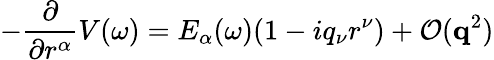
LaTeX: -\frac{\partial}{\partial r^{\alpha}}V(\omega)=E_{\alpha}(\omega)(1-iq_{\nu}r^{\nu})+\mathcal{O}(\mathbf{q}^{2})